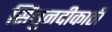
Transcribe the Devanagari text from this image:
सिंधुनदीकाठी